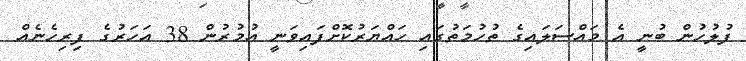
ފުލުހުން ބުނީ އެ މައްސަލައިގެ ތުހުމަތުގައި ހައްޔަރުކޮށްފައިވަނީ އުމުރުން 38 އަހަރުގެ ފިރިހެނެއް